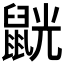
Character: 𪕓